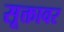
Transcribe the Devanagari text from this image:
सूक्तावर